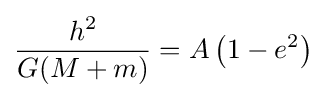
{\frac {h^{2}}{G(M+m)}}=A\left(1-e^{2}\right)